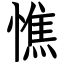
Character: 憔